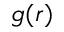
g ( r )